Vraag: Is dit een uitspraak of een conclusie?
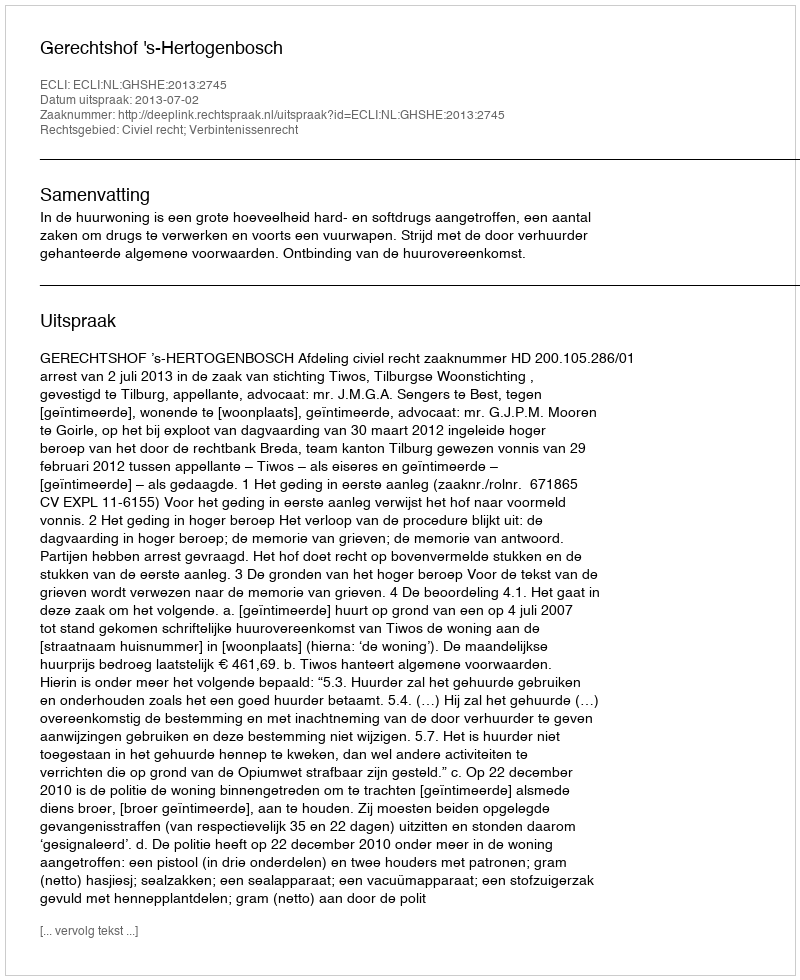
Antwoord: Uitspraak